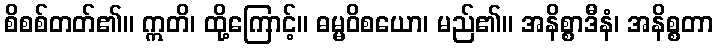
စိစစ်တတ်၏။ ဣတိ၊ ထို့ကြောင့်။ ဓမ္မဝိစယော၊ မည်၏။ အနိစ္စာဒီနံ၊ အနိစ္စတာ